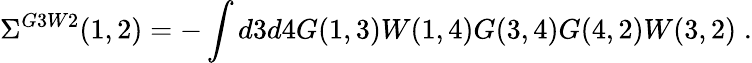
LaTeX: \Sigma^{G3W2}(1,2)=-\int d3d4G(1,3)W(1,4)G(3,4)G(4,2)W(3,2)\; .